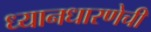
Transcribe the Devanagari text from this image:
ध्यानधारणेची